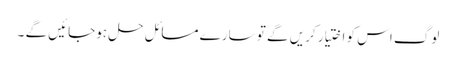
لوگ اس کو اختیار کریں گے تو سارے مسائل حل ہوجائیں گے ۔